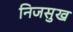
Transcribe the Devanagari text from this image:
निजसुख